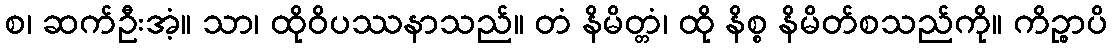
စ၊ ဆက်ဦးအံ့။ သာ၊ ထိုဝိပဿနာသည်။ တံ နိမိတ္တံ၊ ထို နိစ္စ နိမိတ်စသည်ကို။ ကိဉ္စာပိ